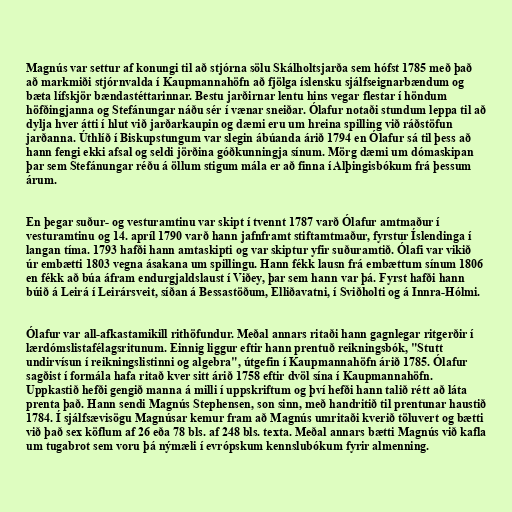
Magnús var settur af konungi til að stjórna sölu Skálholtsjarða sem hófst 1785 með það
að markmiði stjórnvalda í Kaupmannahöfn að fjölga íslensku sjálfseignarbændum og
bæta lífskjör bændastéttarinnar. Bestu jarðirnar lentu hins vegar flestar í höndum
höfðingjanna og Stefánungar náðu sér í vænar sneiðar. Ólafur notaði stundum leppa til að
dylja hver átti í hlut við jarðarkaupin og dæmi eru um hreina spilling við ráðstöfun
jarðanna. Úthlíð í Biskupstungum var slegin ábúanda árið 1794 en Ólafur sá til þess að
hann fengi ekki afsal og seldi jörðina góðkunningja sínum. Mörg dæmi um dómaskipan
þar sem Stefánungar réðu á öllum stigum mála er að finna í Alþingisbókum frá þessum
árum.

En þegar suður- og vesturamtinu var skipt í tvennt 1787 varð Ólafur amtmaður í
vesturamtinu og 14. apríl 1790 varð hann jafnframt stiftamtmaður, fyrstur Íslendinga í
langan tíma. 1793 hafði hann amtaskipti og var skiptur yfir suðuramtið. Ólafi var vikið
úr embætti 1803 vegna ásakana um spillingu. Hann fékk lausn frá embættum sínum 1806
en fékk að búa áfram endurgjaldslaust í Viðey, þar sem hann var þá. Fyrst hafði hann
búið á Leirá í Leirársveit, síðan á Bessastöðum, Elliðavatni, í Sviðholti og á Innra-Hólmi.

Ólafur var all-afkastamikill rithöfundur. Meðal annars ritaði hann gagnlegar ritgerðir í
lærdómslistafélagsritunum. Einnig liggur eftir hann prentuð reikningsbók, "Stutt
undirvísun í reikningslistinni og algebra", útgefin í Kaupmannahöfn árið 1785. Ólafur
sagðist í formála hafa ritað kver sitt árið 1758 eftir dvöl sína í Kaupmannahöfn.
Uppkastið hefði gengið manna á milli í uppskriftum og því hefði hann talið rétt að láta
prenta það. Hann sendi Magnús Stephensen, son sinn, með handritið til prentunar haustið
1784. Í sjálfsævisögu Magnúsar kemur fram að Magnús umritaði kverið töluvert og bætti
við það sex köflum af 26 eða 78 bls. af 248 bls. texta. Meðal annars bætti Magnús við kafla
um tugabrot sem voru þá nýmæli í evrópskum kennslubókum fyrir almenning.